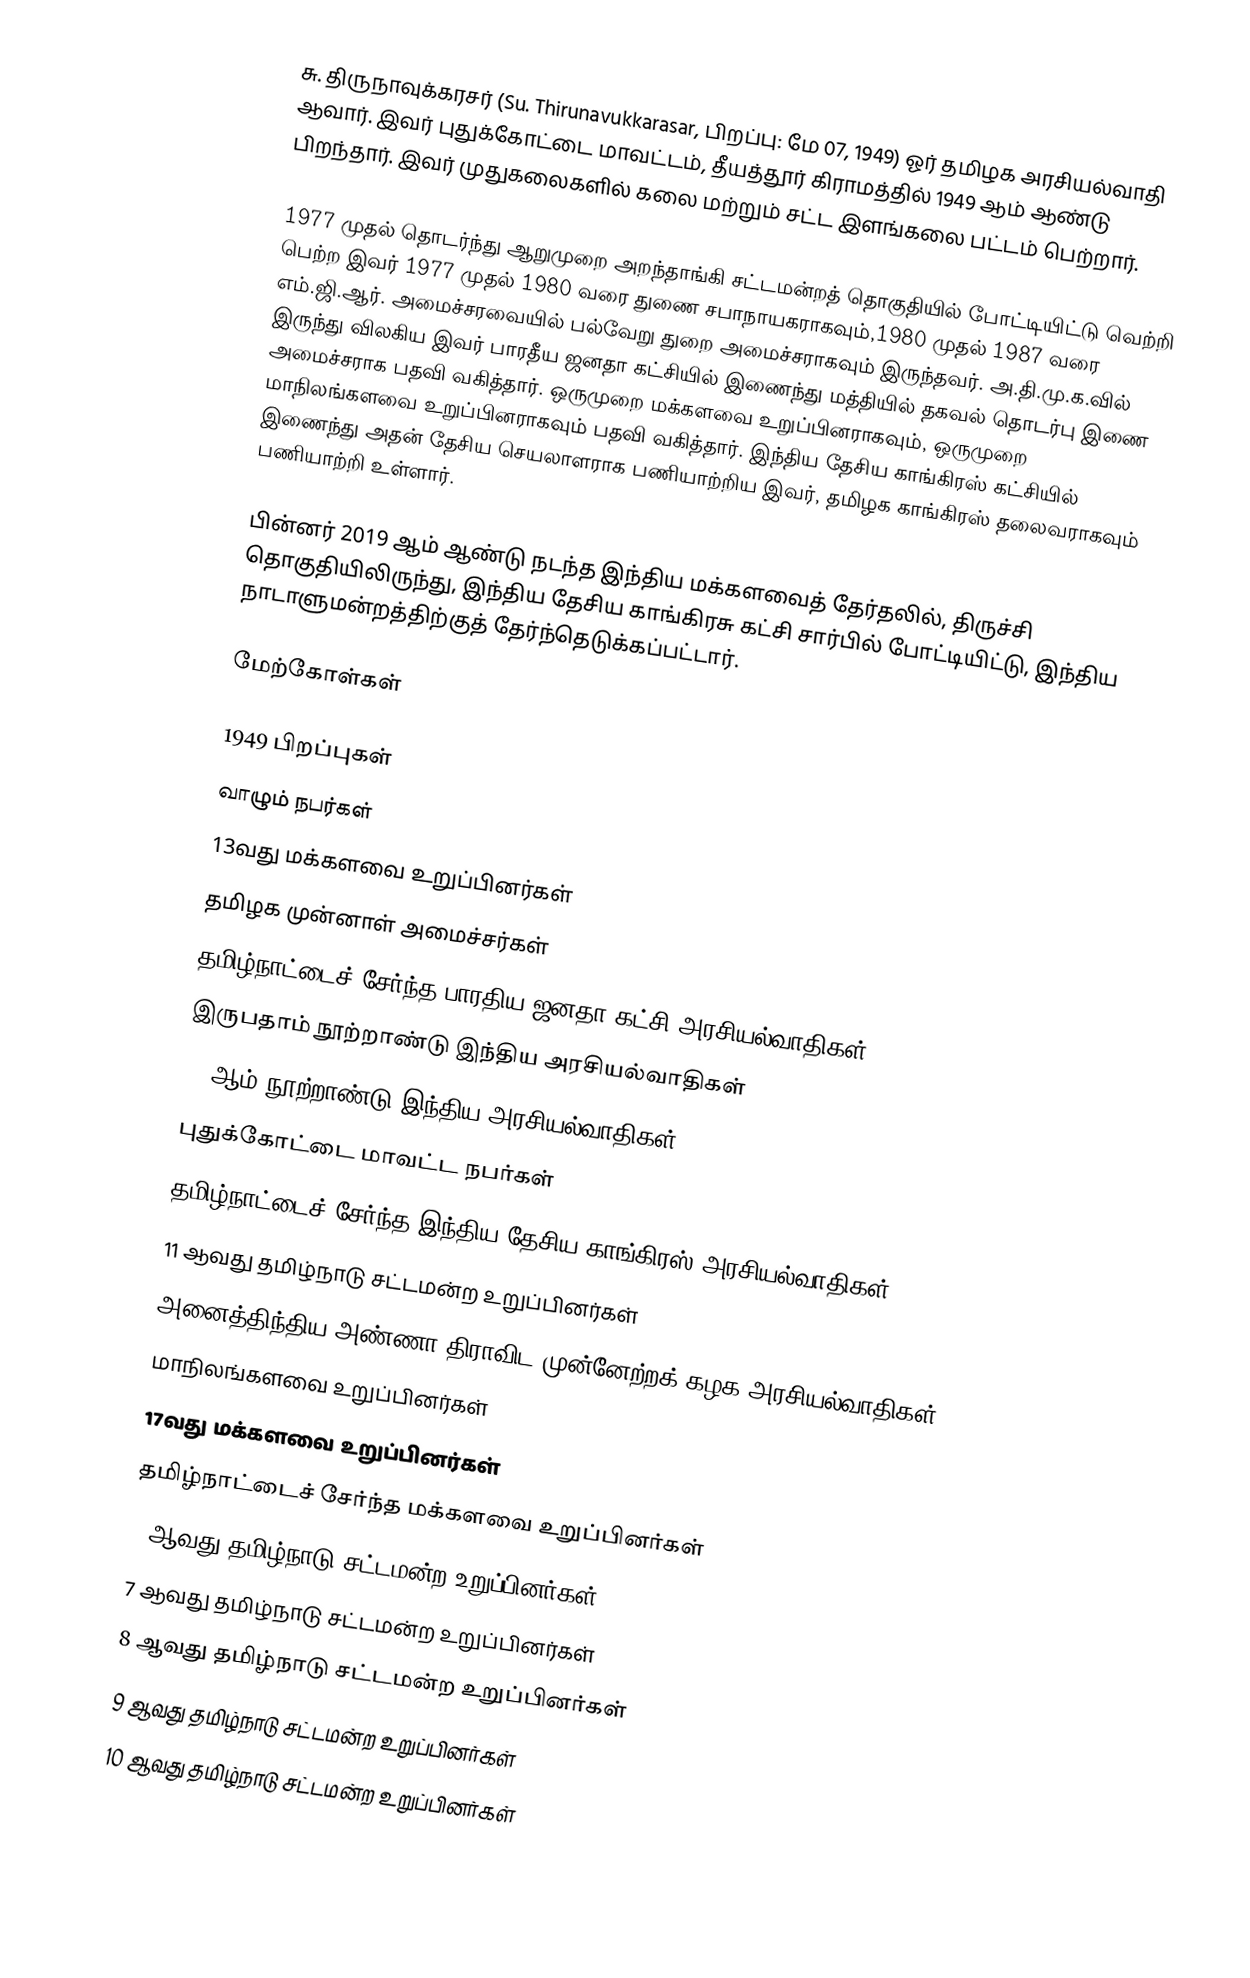
சு. திருநாவுக்கரசர் (Su. Thirunavukkarasar, பிறப்பு: மே 07, 1949) ஓர் தமிழக அரசியல்வாதி ஆவார். இவர் புதுக்கோட்டை மாவட்டம், தீயத்தூர் கிராமத்தில் 1949 ஆம் ஆண்டு பிறந்தார். இவர் முதுகலைகளில் கலை மற்றும் சட்ட இளங்கலை பட்டம் பெற்றார்.

1977 முதல் தொடர்ந்து ஆறுமுறை அறந்தாங்கி சட்டமன்றத் தொகுதியில் போட்டியிட்டு வெற்றி பெற்ற இவர் 1977 முதல் 1980 வரை துணை சபாநாயகராகவும்,1980 முதல் 1987 வரை எம்.ஜி.ஆர். அமைச்சரவையில் பல்வேறு துறை அமைச்சராகவும் இருந்தவர். அ.தி.மு.க.வில் இருந்து விலகிய இவர் பாரதீய ஜனதா கட்சியில் இணைந்து மத்தியில் தகவல் தொடர்பு இணை அமைச்சராக பதவி வகித்தார். ஒருமுறை மக்களவை உறுப்பினராகவும், ஒருமுறை மாநிலங்களவை உறுப்பினராகவும் பதவி வகித்தார். இந்திய தேசிய காங்கிரஸ் கட்சியில் இணைந்து அதன் தேசிய செயலாளராக பணியாற்றிய இவர், தமிழக காங்கிரஸ் தலைவராகவும் பணியாற்றி உள்ளார்.

பின்னர் 2019 ஆம் ஆண்டு நடந்த இந்திய மக்களவைத் தேர்தலில், திருச்சி தொகுதியிலிருந்து, இந்திய தேசிய காங்கிரசு கட்சி சார்பில் போட்டியிட்டு, இந்திய நாடாளுமன்றத்திற்குத் தேர்ந்தெடுக்கப்பட்டார்.

மேற்கோள்கள்

1949 பிறப்புகள்
வாழும் நபர்கள்
13வது மக்களவை உறுப்பினர்கள்
தமிழக முன்னாள் அமைச்சர்கள்
தமிழ்நாட்டைச் சேர்ந்த பாரதிய ஜனதா கட்சி அரசியல்வாதிகள்
இருபதாம் நூற்றாண்டு இந்திய அரசியல்வாதிகள்
21-ஆம் நூற்றாண்டு இந்திய அரசியல்வாதிகள்
புதுக்கோட்டை மாவட்ட நபர்கள்
தமிழ்நாட்டைச் சேர்ந்த இந்திய தேசிய காங்கிரஸ் அரசியல்வாதிகள்
11 ஆவது தமிழ்நாடு சட்டமன்ற உறுப்பினர்கள்
அனைத்திந்திய அண்ணா திராவிட முன்னேற்றக் கழக அரசியல்வாதிகள்
மாநிலங்களவை உறுப்பினர்கள்
17வது மக்களவை உறுப்பினர்கள்
தமிழ்நாட்டைச் சேர்ந்த மக்களவை உறுப்பினர்கள்
6 ஆவது தமிழ்நாடு சட்டமன்ற உறுப்பினர்கள்
7 ஆவது தமிழ்நாடு சட்டமன்ற உறுப்பினர்கள்
8 ஆவது தமிழ்நாடு சட்டமன்ற உறுப்பினர்கள்
9 ஆவது தமிழ்நாடு சட்டமன்ற உறுப்பினர்கள்
10 ஆவது தமிழ்நாடு சட்டமன்ற உறுப்பினர்கள்